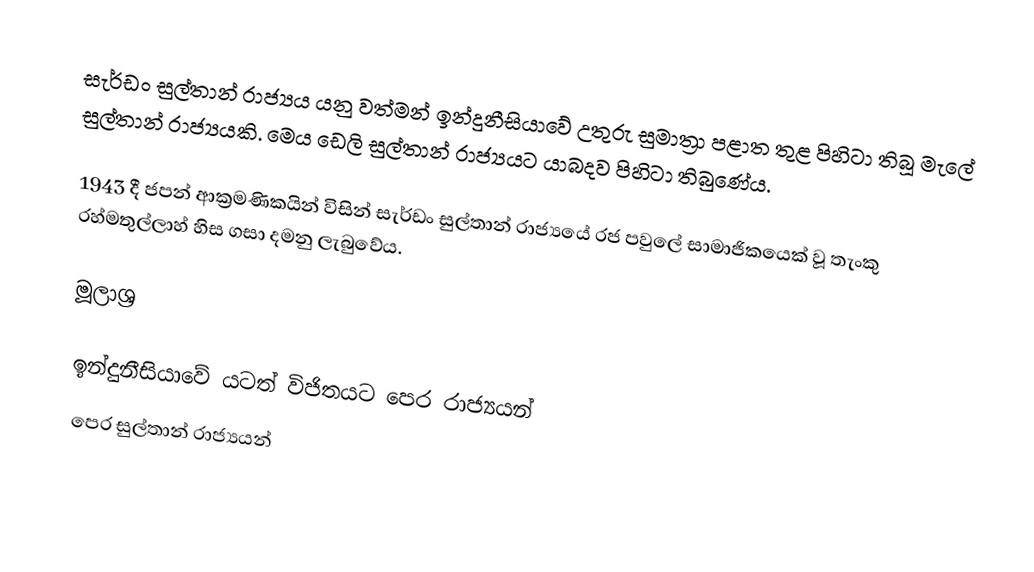
සැර්ඩං සුල්තාන් රාජ්‍යය යනු වත්මන් ඉන්දුනීසියාවේ උතුරු සුමාත්‍රා පළාත තුළ පිහිටා තිබූ මැලේ සුල්තාන් රාජ්‍යයකි. මෙය ඩෙලි සුල්තාන් රාජ්‍යයට යාබදව පිහිටා තිබුණේය.

1943 දී ජපන් ආක්‍රමණිකයින් විසින් සැර්ඩං සුල්තාන් රාජ්‍යයේ රජ පවුලේ සාමාජිකයෙක් වූ තැංකු රහ්මතුල්ලාහ් හිස ගසා දමනු ලැබුවේය.

මූලාශ්‍ර

ඉන්දුනීසියාවේ යටත් විජිතයට පෙර රාජ්‍යයන්
පෙර සුල්තාන් රාජ්‍යයන්